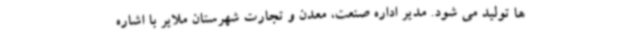
ها تولید می شود. مدیر اداره صنعت، معدن و تجارت شهرستان ملایر با اشاره